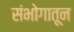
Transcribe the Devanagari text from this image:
संभोगातून